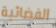
الفضائية